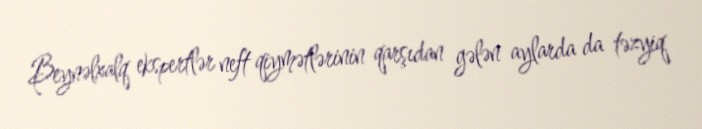
Beynəlxalq ekspertlər neft qiymətlərinin qarşıdan gələn aylarda da təzyiq